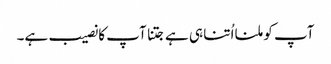
آپ کو ملنا اُتنا ہی ہے جتنا آپ کا نصیب ہے۔